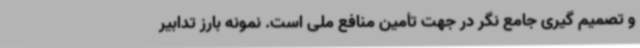
و تصمیم گیری جامع نگر در جهت تأمین منافع ملی است. نمونه بارز تدابیر